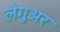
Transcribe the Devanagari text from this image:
लेगुअर